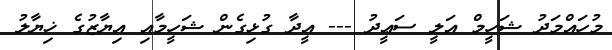
މުހައްމަދު ޝަހީމް އަލީ ސަޢީދު --- އީދާ ގުޅިގެން ޝަހީމާއި އިޔާޒުގެ ޚިޔާލު